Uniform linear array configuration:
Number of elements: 12
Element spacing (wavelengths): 0.5
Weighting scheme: hamming
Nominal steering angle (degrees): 60
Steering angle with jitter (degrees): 61.948
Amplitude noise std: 0.05
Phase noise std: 0.05

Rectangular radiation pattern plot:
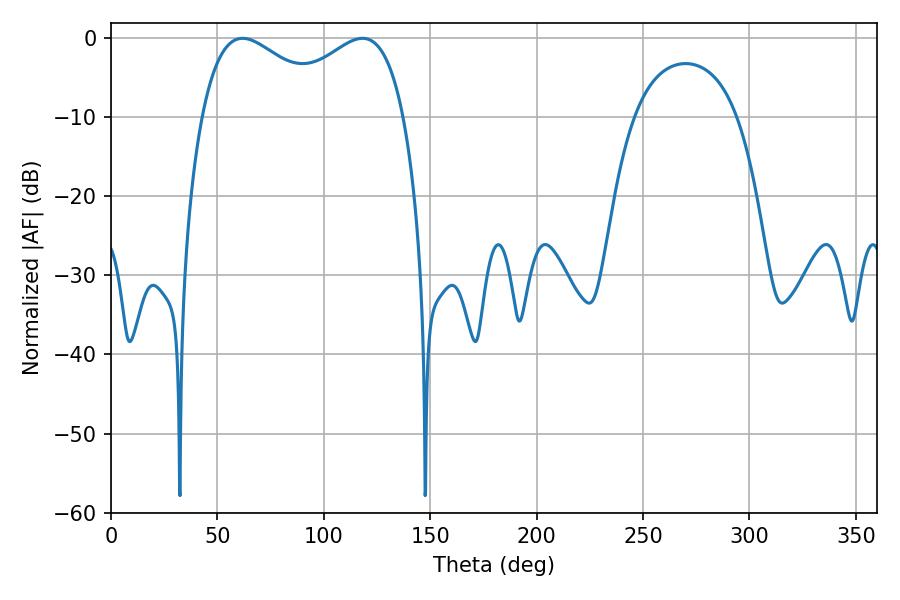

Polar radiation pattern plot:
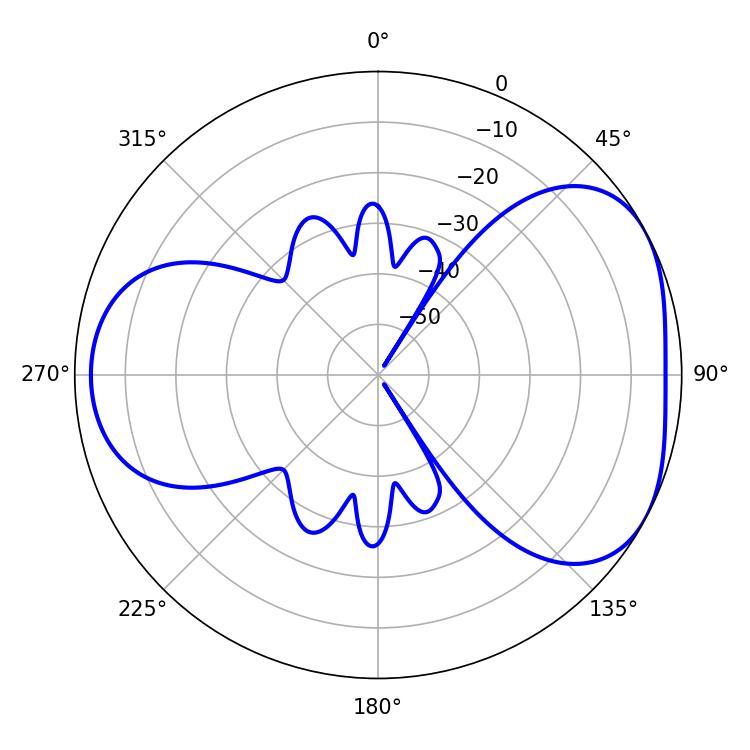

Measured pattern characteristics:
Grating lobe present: FALSE
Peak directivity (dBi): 4.506
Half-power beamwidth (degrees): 34.92
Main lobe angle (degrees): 61.92